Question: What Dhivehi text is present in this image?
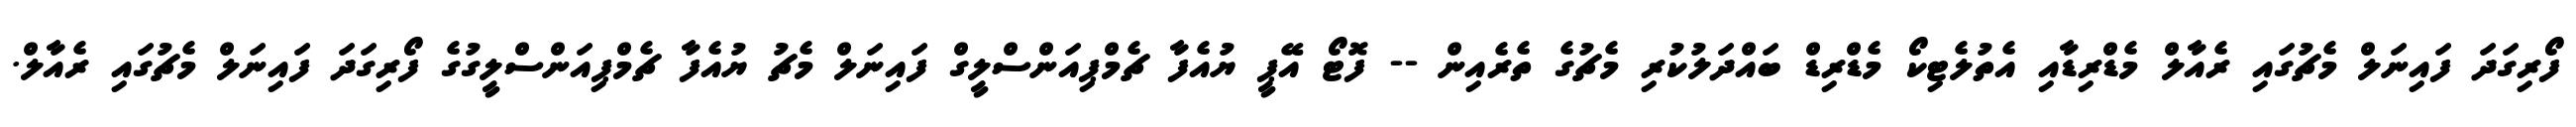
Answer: ފޯރިގަދަ ފައިނަލް މެޗުގައި ރެއާލް މެޑްރިޑާއި އެތުލެޓިކޯ މެޑްރިޑް ބައްދަލުކުރި މެޗުގެ ތެރެއިން -- ފޮޓޯ އޭޕީ ޔުއެފާ ޗެމްޕިއަންސްލީގް ފައިނަލް މެޗު ޔުއެފާ ޗެމްޕިއަންސްލީގުގެ ފޯރިގަދަ ފައިނަލް މެޗުގައި ރެއާލް.